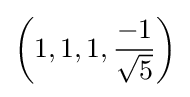
\left(1,1,1,{\frac {-1}{\sqrt {5}}}\right)